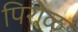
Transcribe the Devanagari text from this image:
पिरोळ